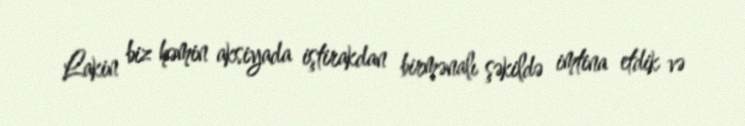
Lakin biz həmin aksiyada iştirakdan birmənalı şəkildə imtina etdik və